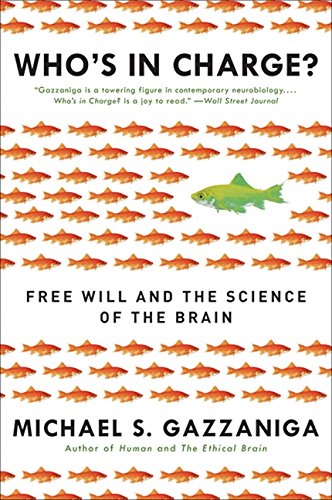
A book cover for Who's in Charge?: Free Will and the Science of the Brain; Michael S. Gazzaniga; Politics & Social Sciences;